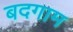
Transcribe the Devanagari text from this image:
बदगाम